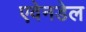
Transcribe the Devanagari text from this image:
एवेनडेल